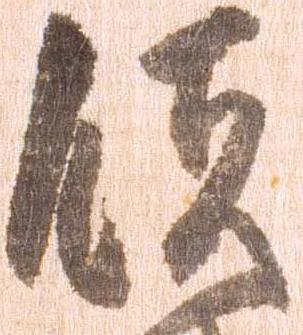
領